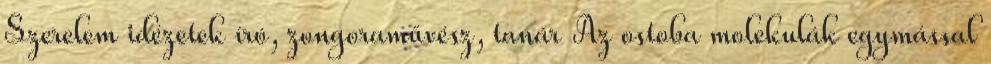
Szerelem idézetek író, zongoraművész, tanár Az ostoba molekulák egymással